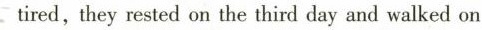
tired,they rested on the third day and walked on